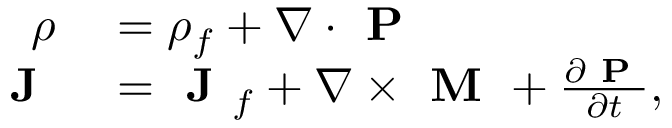
\begin{array} { r l } { \rho } & { { } = \rho _ { f } + \nabla \cdot \textbf { P } } \\ { \textbf { J } } & { { } = \textbf { J } _ { f } + \nabla \times \textbf { M } + \frac { \partial \textbf { P } } { \partial t } , } \end{array}